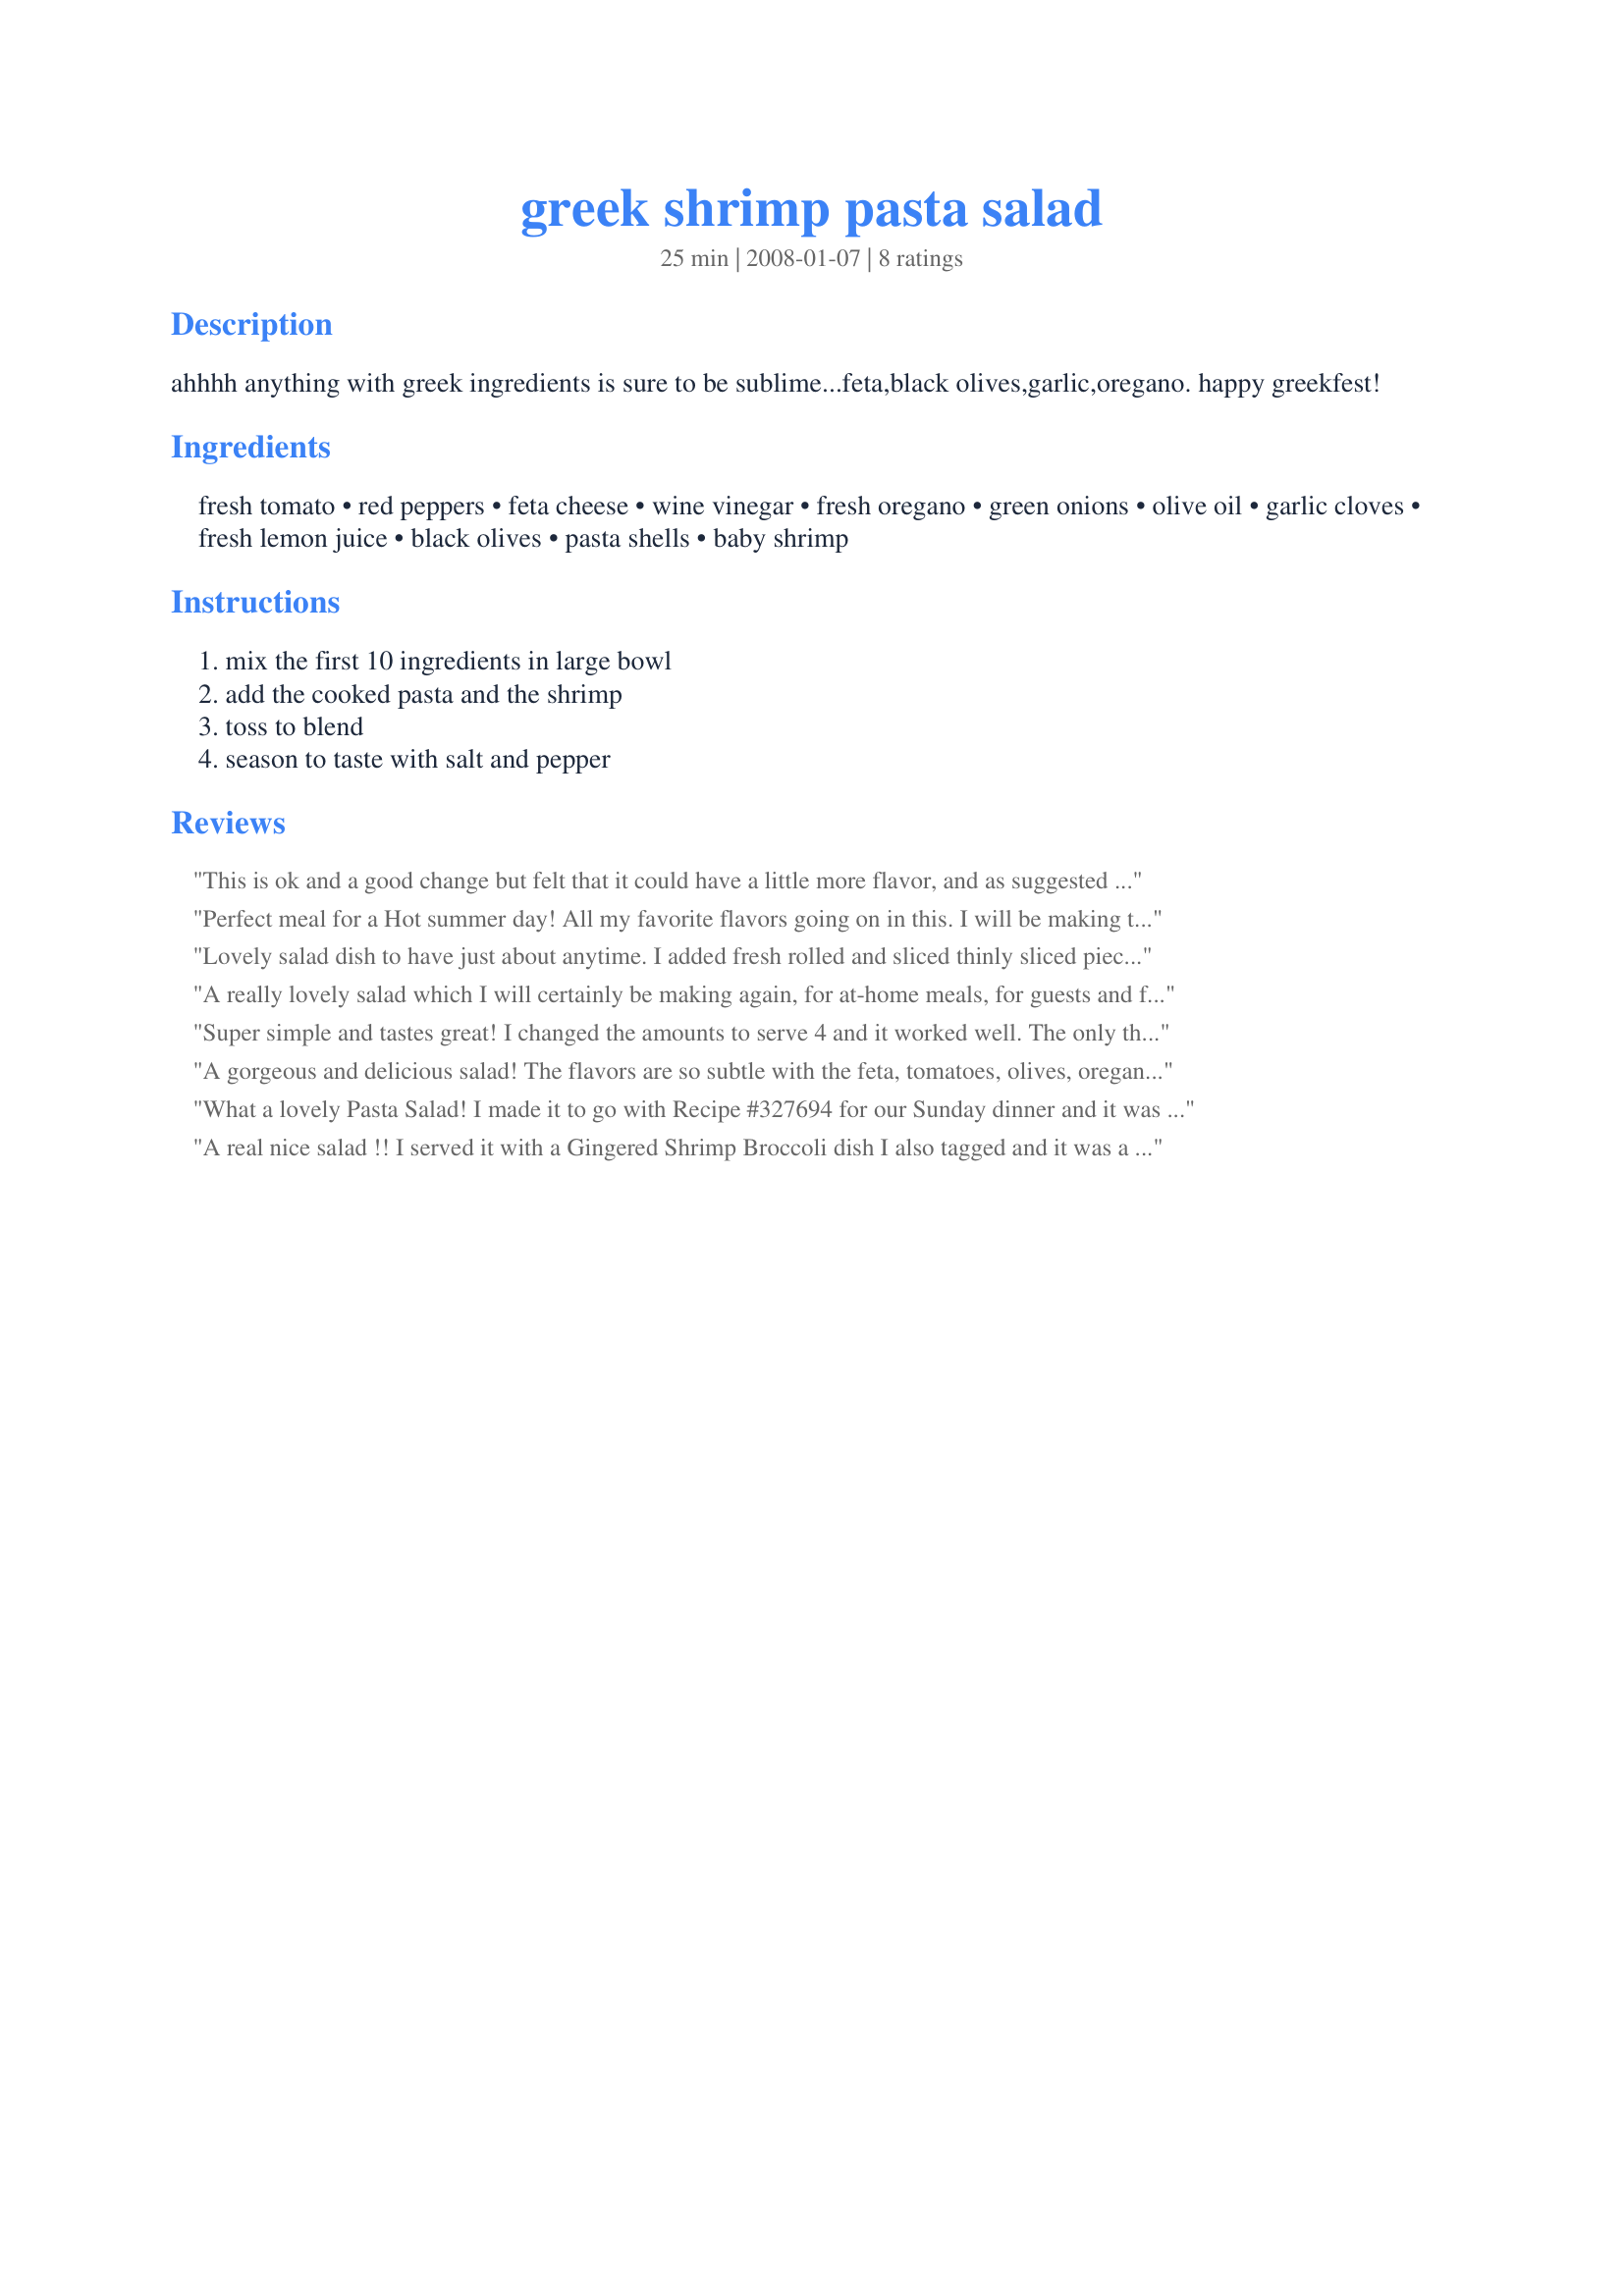
greek shrimp pasta salad
Preparation time: 25 minutes

ahhhh anything with greek ingredients is sure to be sublime...feta,black olives,garlic,oregano.
happy greekfest!

Ingredients:
fresh tomato, red peppers, feta cheese, wine vinegar, fresh oregano, green onions, olive oil, garlic cloves, fresh lemon juice, black olives, pasta shells, baby shrimp

Steps:
mix the first 10 ingredients in large bowl, add the cooked pasta and the shrimp, toss to blend, season to taste with salt and pepper

Reviews:
This is ok and a good change but felt that it could have a little more flavor, and as suggested it is better the second day.
Perfect meal for a Hot summer day! All my favorite flavors going on in this. I will be making this all summer long. Thank you, Lorrie! :)
Lovely salad dish to have just about anytime. I added fresh rolled and sliced thinly sliced pieces of spinach leaves to the mix for a little added color and taste. I made to have with grilled salmon. Great meal!
A really lovely salad which I will certainly be making again, for at-home meals, for guests and for take-to-work lunches. Why not spoil oneself - often! :) I opted for red pepper and kalamata olives - both favourite ingredients as indeed are all these ingredients. We loved the lemon and garlic flavours, for us essential flavours with yummy shrimps. I followed mersaydees' sound advice about letting the flavours develop. I made this last night and sampled only a teeny bit, and we so enjoyed it today for lunch. A great blend of flavours! Thank you so much for sharing this recipe, Lorrie. Made for Gimme 5.
Super simple and tastes great! I changed the amounts to serve 4 and it worked well. The only thing I used less of was the olive oil... I used maybe half what it called for because it just wasn't necessary. I also used already cooked shrimp so I wanted to heat it up a little and just sauteed the butter and oregano for a minute and then heated all that up with the shrimp. And for the feta I used up the last of a few different containers I had and one of them was Lemon Oregano which I think really added that extra something to it.
A gorgeous and delicious salad! The flavors are so subtle with the feta, tomatoes, olives, oregano (from my garden), and shrimp that upon seasoning with salt & pepper -- they come alive! I used a high-quality extra-virgin olive oil. I think this salad is best made at least two hours before serving in order for these flavors to develop. Substituted the ever sexy Gobetti pasta for shells. Thanks so much Lorrie! Made for Photo Tag.
What a lovely Pasta Salad! I made it to go with Recipe #327694 for our Sunday dinner and it was enjoyed very much! The salad is packed with lots of different flavors that mix so well together, and made for one really tasty salad! We enjoyed it so much! I will be making this a lot this summer, as it's so refreshing and I love all the ingredients! Thank you for sharing this recipe with us Lorrie! Made for 123 Hit Wonders 3/09 Linda
A real nice salad !! I served it with a Gingered Shrimp Broccoli dish I also tagged and it was a perfect dinner. The flavors are OUTSTANDING!! Loved the lemon shrimp combo. Defineately recommended. Made for 1-2-3 hit wonders.
